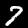
Digit: 7